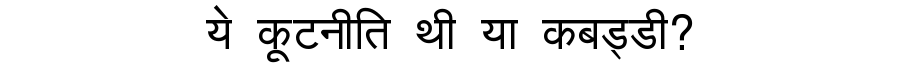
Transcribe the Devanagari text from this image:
ये कूटनीति थी या कबड्डी?